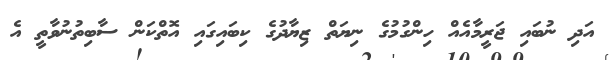
އަދި ނުބައި ޖަރީމާއެއް ހިންގުމުގެ ނިޔަތް ޒިޔާދުގެ ކިބައިގައި އޮތްކަން ސާބިތުނުވާތީ އެ